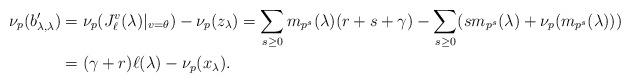
LaTeX: \begin{align*} \nu_p (b'_{\lambda,\lambda}) &= \nu_p (J_{\ell}^v (\lambda)|_{v=\theta}) - \nu_p (z_{\lambda}) = \sum_{s\ge 0} m_{p^s} (\lambda) (r+s+\gamma) - \sum_{s\ge 0} (sm_{p^s} (\lambda) + \nu_p (m_{p^s} (\lambda)) ) \\ &= (\gamma+r) \ell(\lambda) - \nu_p (x_{\lambda}).\end{align*}